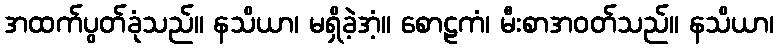
အထက်ပွတ်ခုံသည်။ နသိယာ၊ မရှိခဲ့အံ့။ စောဠကံ၊ မီးစာအဝတ်သည်။ နသိယာ၊